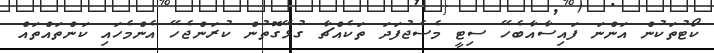
ކޯޓުތަކުން އަންނަ ފައިސާއާބެހޭ ސިޓީ މެސެޖުފަދަ ތަކެއްޗާ ގުޅޭގޮތުން ކުރަންޖެހޭ އެންމެހައި ކަންތައްތައް